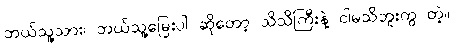
ဘယ်သူ့သား၊ ဘယ်သူ့မြေးပါ ဆိုတော့ သိသိကြီးနဲ့ ငါမသိဘူးကွ တဲ့။